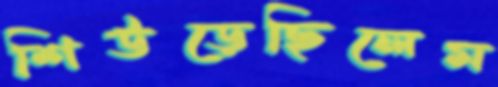
শিউড়েছিলেম